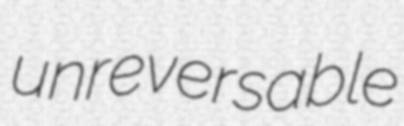
unreversable